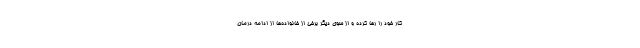
کار خود را رها کرده و از سوی دیگر برخی از خانواده‌ها از ادامه درمان